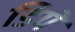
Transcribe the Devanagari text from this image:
डिपे